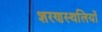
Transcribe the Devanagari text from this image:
शरणस्थलियों